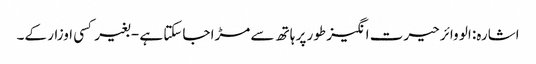
اشارہ: الو وائر حیرت انگیز طور پر ہاتھ سے مڑا جاسکتا ہے - بغیر کسی اوزار کے۔